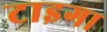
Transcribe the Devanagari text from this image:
टाइगा